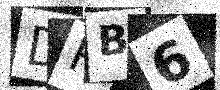
Text: DRB6